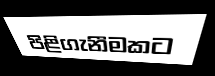
පිළිගැනීමකට